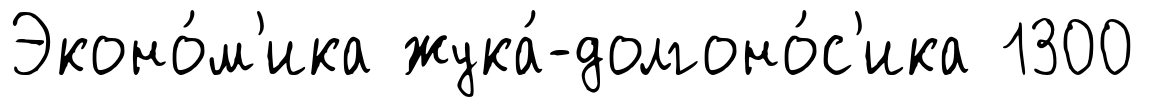
Эконо́м'ика жука́-долгоно́с'ика 1300